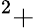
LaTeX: ^2+